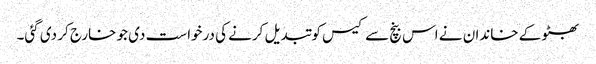
بھٹو کے خاندان نے اس بنچ سے کیس کو تبدیل کرنے کی درخواست دی جو خارج کر دی گئی۔